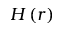
H \left( r \right)